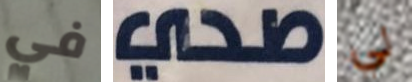
في صحي لي